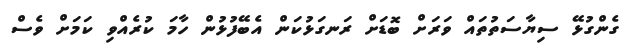
ގެންގުޅޭ ސިޔާސަތުތައް ވަރަށް ބޮޑަށް ރަނގަޅުކަން އެބޭފުޅުން ހާމަ ކުރެއްވި ކަމަށް ވެސް